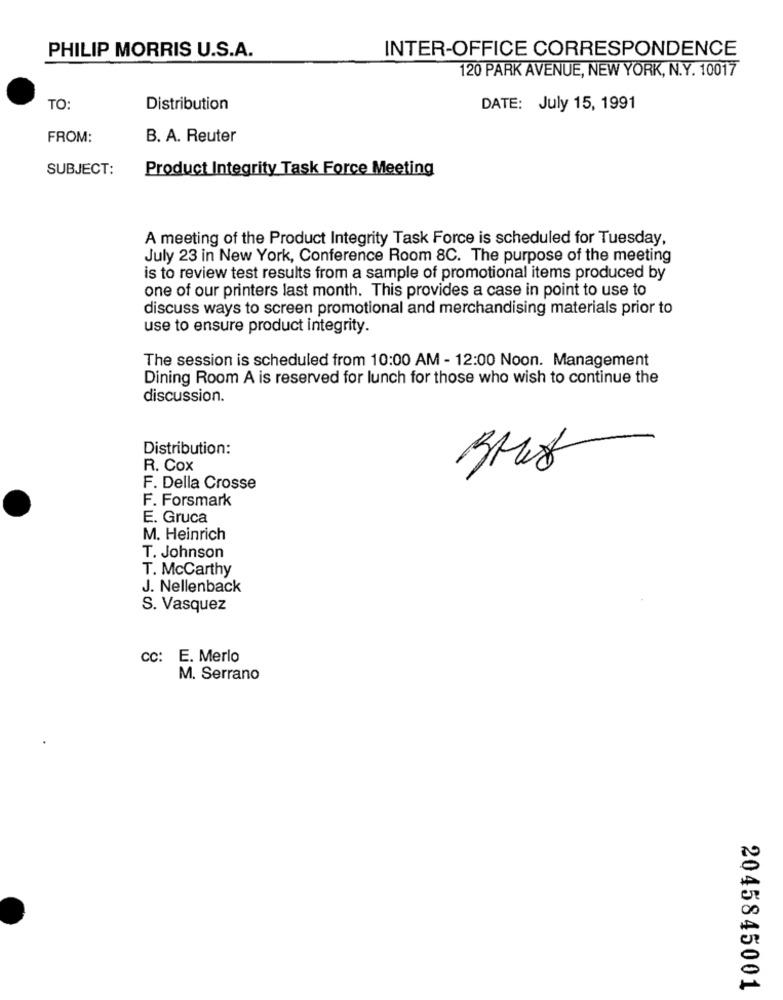
PHILIP MORRIS U.S.A.
INTER-OFFICE CORRESPONDENCE
120 PARK AVENUE, NEW YORK, N.Y. 10017
TO:
Distribution
DATE: July 15, 1991
FROM:
B. A. Reuter
SUBJECT:
Product Integrity Task Force Meeting
A meeting of the Product Integrity Task Force is scheduled for Tuesday,
July 23 in New York, Conference Room 8C. The purpose of the meeting
is to review test results from a sample of promotional items produced by
one of our printers last month. This provides a case in point to use to
discuss ways to screen promotional and merchandising materials prior to
use to ensure product integrity.
The session is scheduled from 10:00 AM - 12:00 Noon. Management
Dining Room A is reserved for lunch for those who wish to continue the
discussion.
Distribution:
R. Cox
F. Della Crosse
F. Forsmark
E. Gruca
M. Heinrich
T. Johnson
T. McCarthy
J. Nellenback
S. Vasquez
CC: E. Merlo
M. Serrano
2045845001